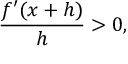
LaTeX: { \frac { f ^ { \prime } ( x + h ) } { h } } > 0 ,